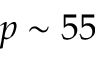
p \sim 5 5